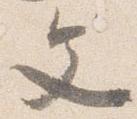
文